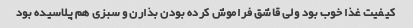
کیفیت غذا خوب بود ولی قاشق فراموش کرده بودن بذارن و سبزی هم پلاسیده بود